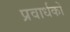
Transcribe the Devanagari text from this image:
प्रवार्धकों